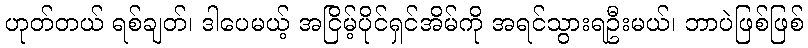
ဟုတ်တယ် ရစ်ချတ်၊ ဒါပေမယ့် အငြိမ့်ပိုင်ရှင်အိမ်ကို အရင်သွားရဦးမယ်၊ ဘာပဲဖြစ်ဖြစ်